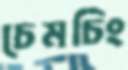
চেমচিং